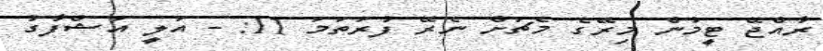
ރާއްޖޭ ޓީމުން މިރޭގެ މެޗަށް ނެރޭ ފުރަތަމަ 11: - އަލީ އަޝްފާގު